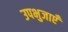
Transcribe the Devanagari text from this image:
उपभुजाएँ